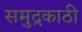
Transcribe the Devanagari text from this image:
समुद्रकाठी